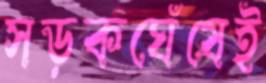
সড়কঘেঁষেই